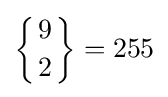
\left\{{9 \atop 2}\right\}=255